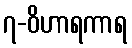
၇-ဝိဟာရကာရ